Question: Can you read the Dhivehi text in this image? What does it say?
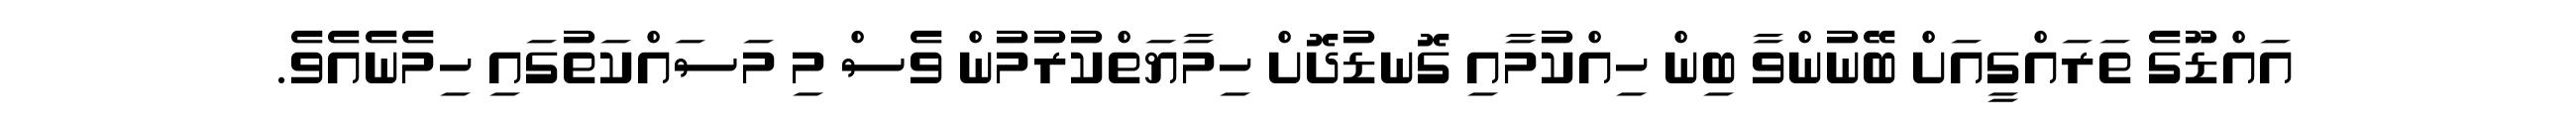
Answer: އައްޑޫގެ ތަރައްގީއަށް ބޭނުންވާ ބިން ހިއްކުމާއި ގޮނޑުދޮށް ހިމާޔަތްކުރުމުން ވެސް މި މަސައްކަތުގައި ހިމެނެއެވެ.